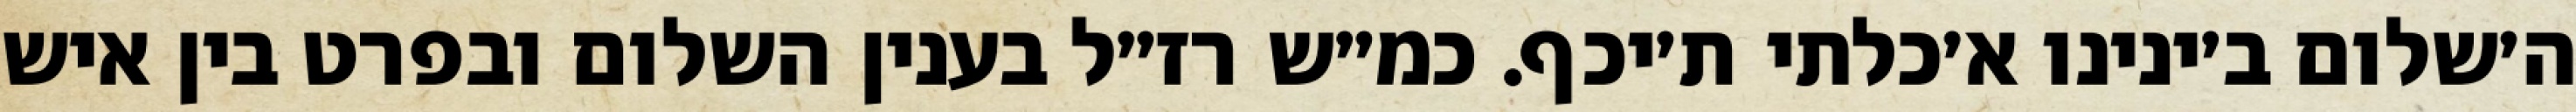
ה׳שלום ב׳ינינו א׳כלתי ת׳יכף. כמ״ש רז״ל בענין השלום ובפרט בין איש